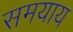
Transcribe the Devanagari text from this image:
समयाय